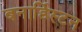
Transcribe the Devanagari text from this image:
बनार्डिस्टन